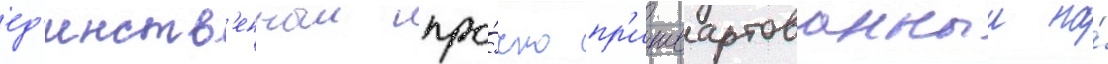
ед'инств'енныи про́чно пр'ишвартованныи на́